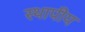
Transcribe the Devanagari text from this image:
स्थापीय